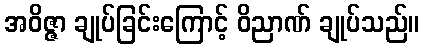
အဝိဇ္ဇာ ချုပ်ခြင်းကြောင့် ဝိညာဏ် ချုပ်သည်။